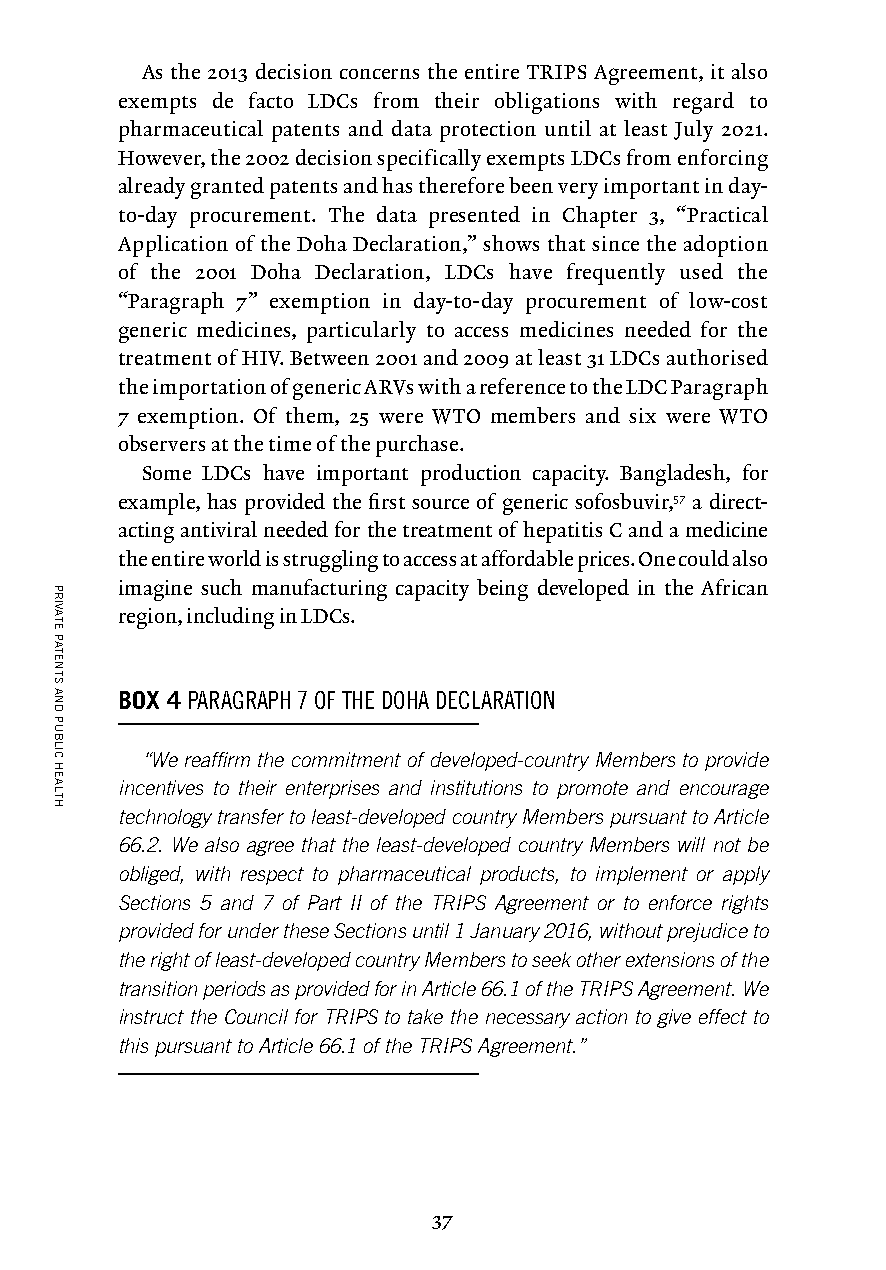
As the 2013 decision concerns the entire TRIPS Agreement, it also
 exempts de facto LDCs from their obligations with regard to
 pharmaceutical patents and data protection until at least July 2021.
 However, the 2002 decision specifically exempts LDCs from enforcing
 already granted patents and has therefore been very important in day-
 to-day procurement. The data presented in Chapter 3, “Practical
 Application of the Doha Declaration,” shows that since the adoption
 of the 2001 Doha Declaration, LDCs have frequently used the
 “Paragraph 7” exemption in day-to-day procurement of low-cost
 generic medicines, particularly to access medicines needed for the
 treatment of HIV. Between 2001 and 2009 at least 31 LDCs authorised
 the importation of generic ARVs with a reference to the LDC Paragraph
 7 exemption. Of them, 25 were WTO members and six were WTO
 observers at the time of the purchase.
 Some LDCs have important production capacity. Bangladesh, for
 example, has provided the first source of generic sofosbuvir,57 a direct-
 acting antiviral needed for the treatment of hepatitis C and a medicine
 the entire world is struggling to access at affordable prices. One could also
 imagine such manufacturing capacity being developed in the African
 region, including in LDCs.
 BOX 4 PARAGRAPH 7 OF THE DOHA DECLARATION
 “We reaffirm the commitment of developed-country Members to provide
 incentives to their enterprises and institutions to promote and encourage
 technology transfer to least-developed country Members pursuant to Article
 66.2. We also agree that the least-developed country Members will not be
 obliged, with respect to pharmaceutical products, to implement or apply
 Sections 5 and 7 of Part II of the TRIPS Agreement or to enforce rights
 provided for under these Sections until 1 January 2016, without prejudice to
 the right of least-developed country Members to seek other extensions of the
 transition periods as provided for in Article 66.1 of the TRIPS Agreement. We
 instruct the Council for TRIPS to take the necessary action to give effect to
 this pursuant to Article 66.1 of the TRIPS Agreement.”
 37
 PRIVATE
 PATENTS
 AND
 PUBLIC
 HEALTH